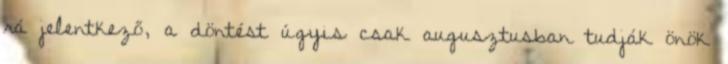
rá jelentkező, a döntést úgyis csak augusztusban tudják önök